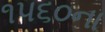
૧૫૬૦ના